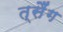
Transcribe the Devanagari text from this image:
त्सैंग